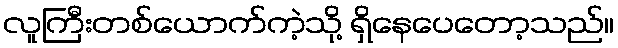
လူကြီးတစ်ယောက်ကဲ့သို့ ရှိနေပေတော့သည်။